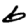
Digit: 6